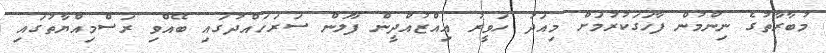
މުބާރާތުގެ ނިންމުން ފާހަގަކުރުމަށް މިއަދު ހަވީރު އިއްޒުއްދީން ފާލަން ސަރަހައްދުގައި ބޭއްވި ރަސްމިއްޔާތުގައި